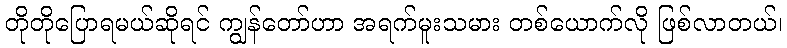
တိုတိုပြောရမယ်ဆိုရင် ကျွန်တော်ဟာ အရက်မူးသမား တစ်ယောက်လို ဖြစ်လာတယ်၊